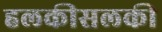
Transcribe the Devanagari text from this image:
हलकीसलकी